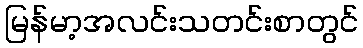
မြန်မာ့အလင်းသတင်းစာတွင်